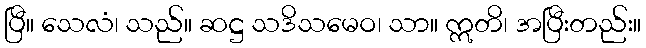
ပြီ။ သေလံ၊ သည်။ ဆဋ္ဌ သဒိသမေဝ၊ သာ။ ဣတိ၊ အပြီးတည်း။